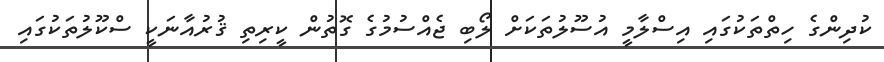
ކުދިންގެ ހިތްތަކުގައި އިސްލާމީ އުސޫލުތަކަށް ލޯބި ޖެއްސުމުގެ ގޮތުން ކީރިތި ޤުރުއާނަކީ ސްކޫލުތަކުގައި